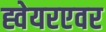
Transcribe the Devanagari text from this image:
ह्वेयरएवर